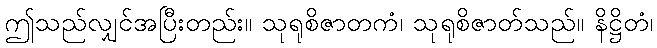
ဤသည်လျှင်အပြီးတည်း။ သုရုစိဇာတကံ၊ သုရုစိဇာတ်သည်။ နိဋ္ဌိတံ၊